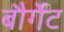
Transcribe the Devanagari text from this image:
बौर्गेट